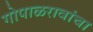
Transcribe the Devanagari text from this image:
गोपाळरावांचा